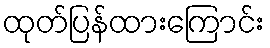
ထုတ်ပြန်ထားကြောင်း